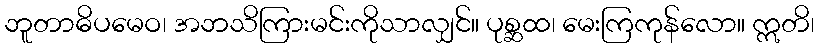
ဘူတာဓိပမေဝ၊ အဘသိကြားမင်းကိုသာလျှင်။ ပုစ္ဆထ၊ မေးကြကုန်လော။ ဣတိ၊